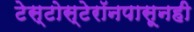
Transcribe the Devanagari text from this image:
टेस्टोस्टेरॉनपासूनही